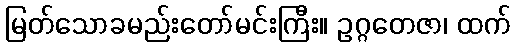
မြတ်သောခမည်းတော်မင်းကြီး။ ဥဂ္ဂတေဇာ၊ ထက်